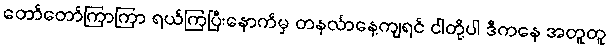
တော်တော်ကြာကြာ ရယ်ကြပြီးနောက်မှ တနင်္လာနေ့ကျရင် ငါတို့ပါ ဒီကနေ အတူတူ